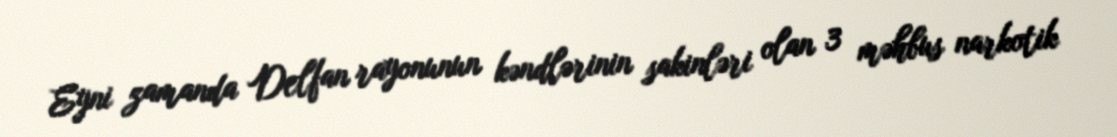
Eyni zamanda Delfan rayonunun kəndlərinin sakinləri olan 3 məhbus narkotik